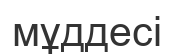
мұддесі